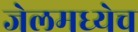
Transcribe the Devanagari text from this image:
जेलमध्येच